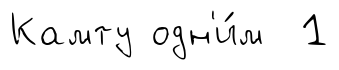
Камту одн'и́м 1